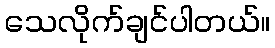
သေလိုက်ချင်ပါတယ်။